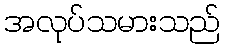
အလုပ်သမားသည်